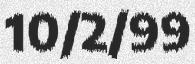
10/2/99